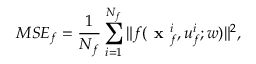
M S E _ { f } = \frac { 1 } { N _ { f } } \sum _ { i = 1 } ^ { N _ { f } } \| f ( \textbf { x } _ { f } ^ { i } , u _ { f } ^ { i } ; w ) \| ^ { 2 } ,